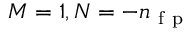
M = 1 , N = - { n _ { \mathrm { ~ f ~ p ~ } } }